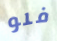
فلو